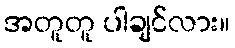
အတူတူ ပါချင်လား။